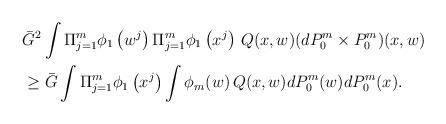
LaTeX: \begin{align*}&\bar{G}^2 \int \Pi_{j=1}^{m} \phi_1\left( w^j\right) \Pi_{j=1}^{m} \phi_1\left( x^j\right) \, Q(x,w) (dP_0^m \times P_0^m)(x,w) \\&\geq \bar{G} \int \Pi_{j=1}^{m} \phi_1\left( x^j\right) \int \phi_m(w) \, Q(x,w) dP_0^m(w) dP_0^m (x). \end{align*}